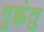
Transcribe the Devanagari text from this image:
गृह्णंतु